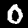
Digit: 0